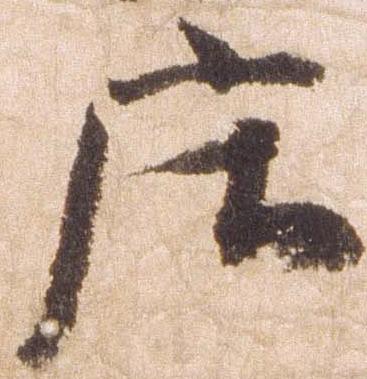
庄